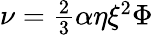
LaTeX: \begin{array}{r}{\nu=\frac{2}{3}\alpha\eta\xi^{2}\Phi}\end{array}